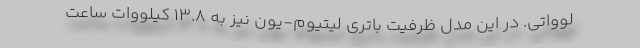
لوواتی. در این مدل ظرفیت باتری لیتیوم-یون نیز به 13.8 کیلووات ساعت